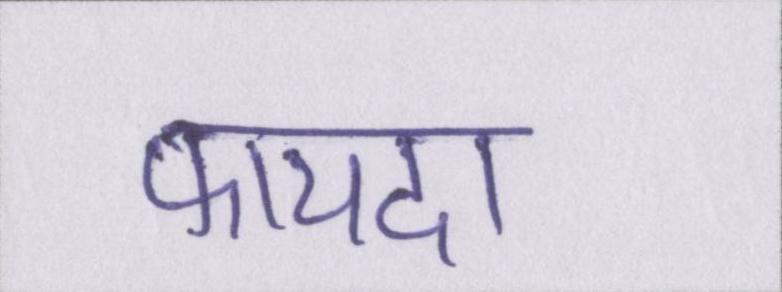
फायदा